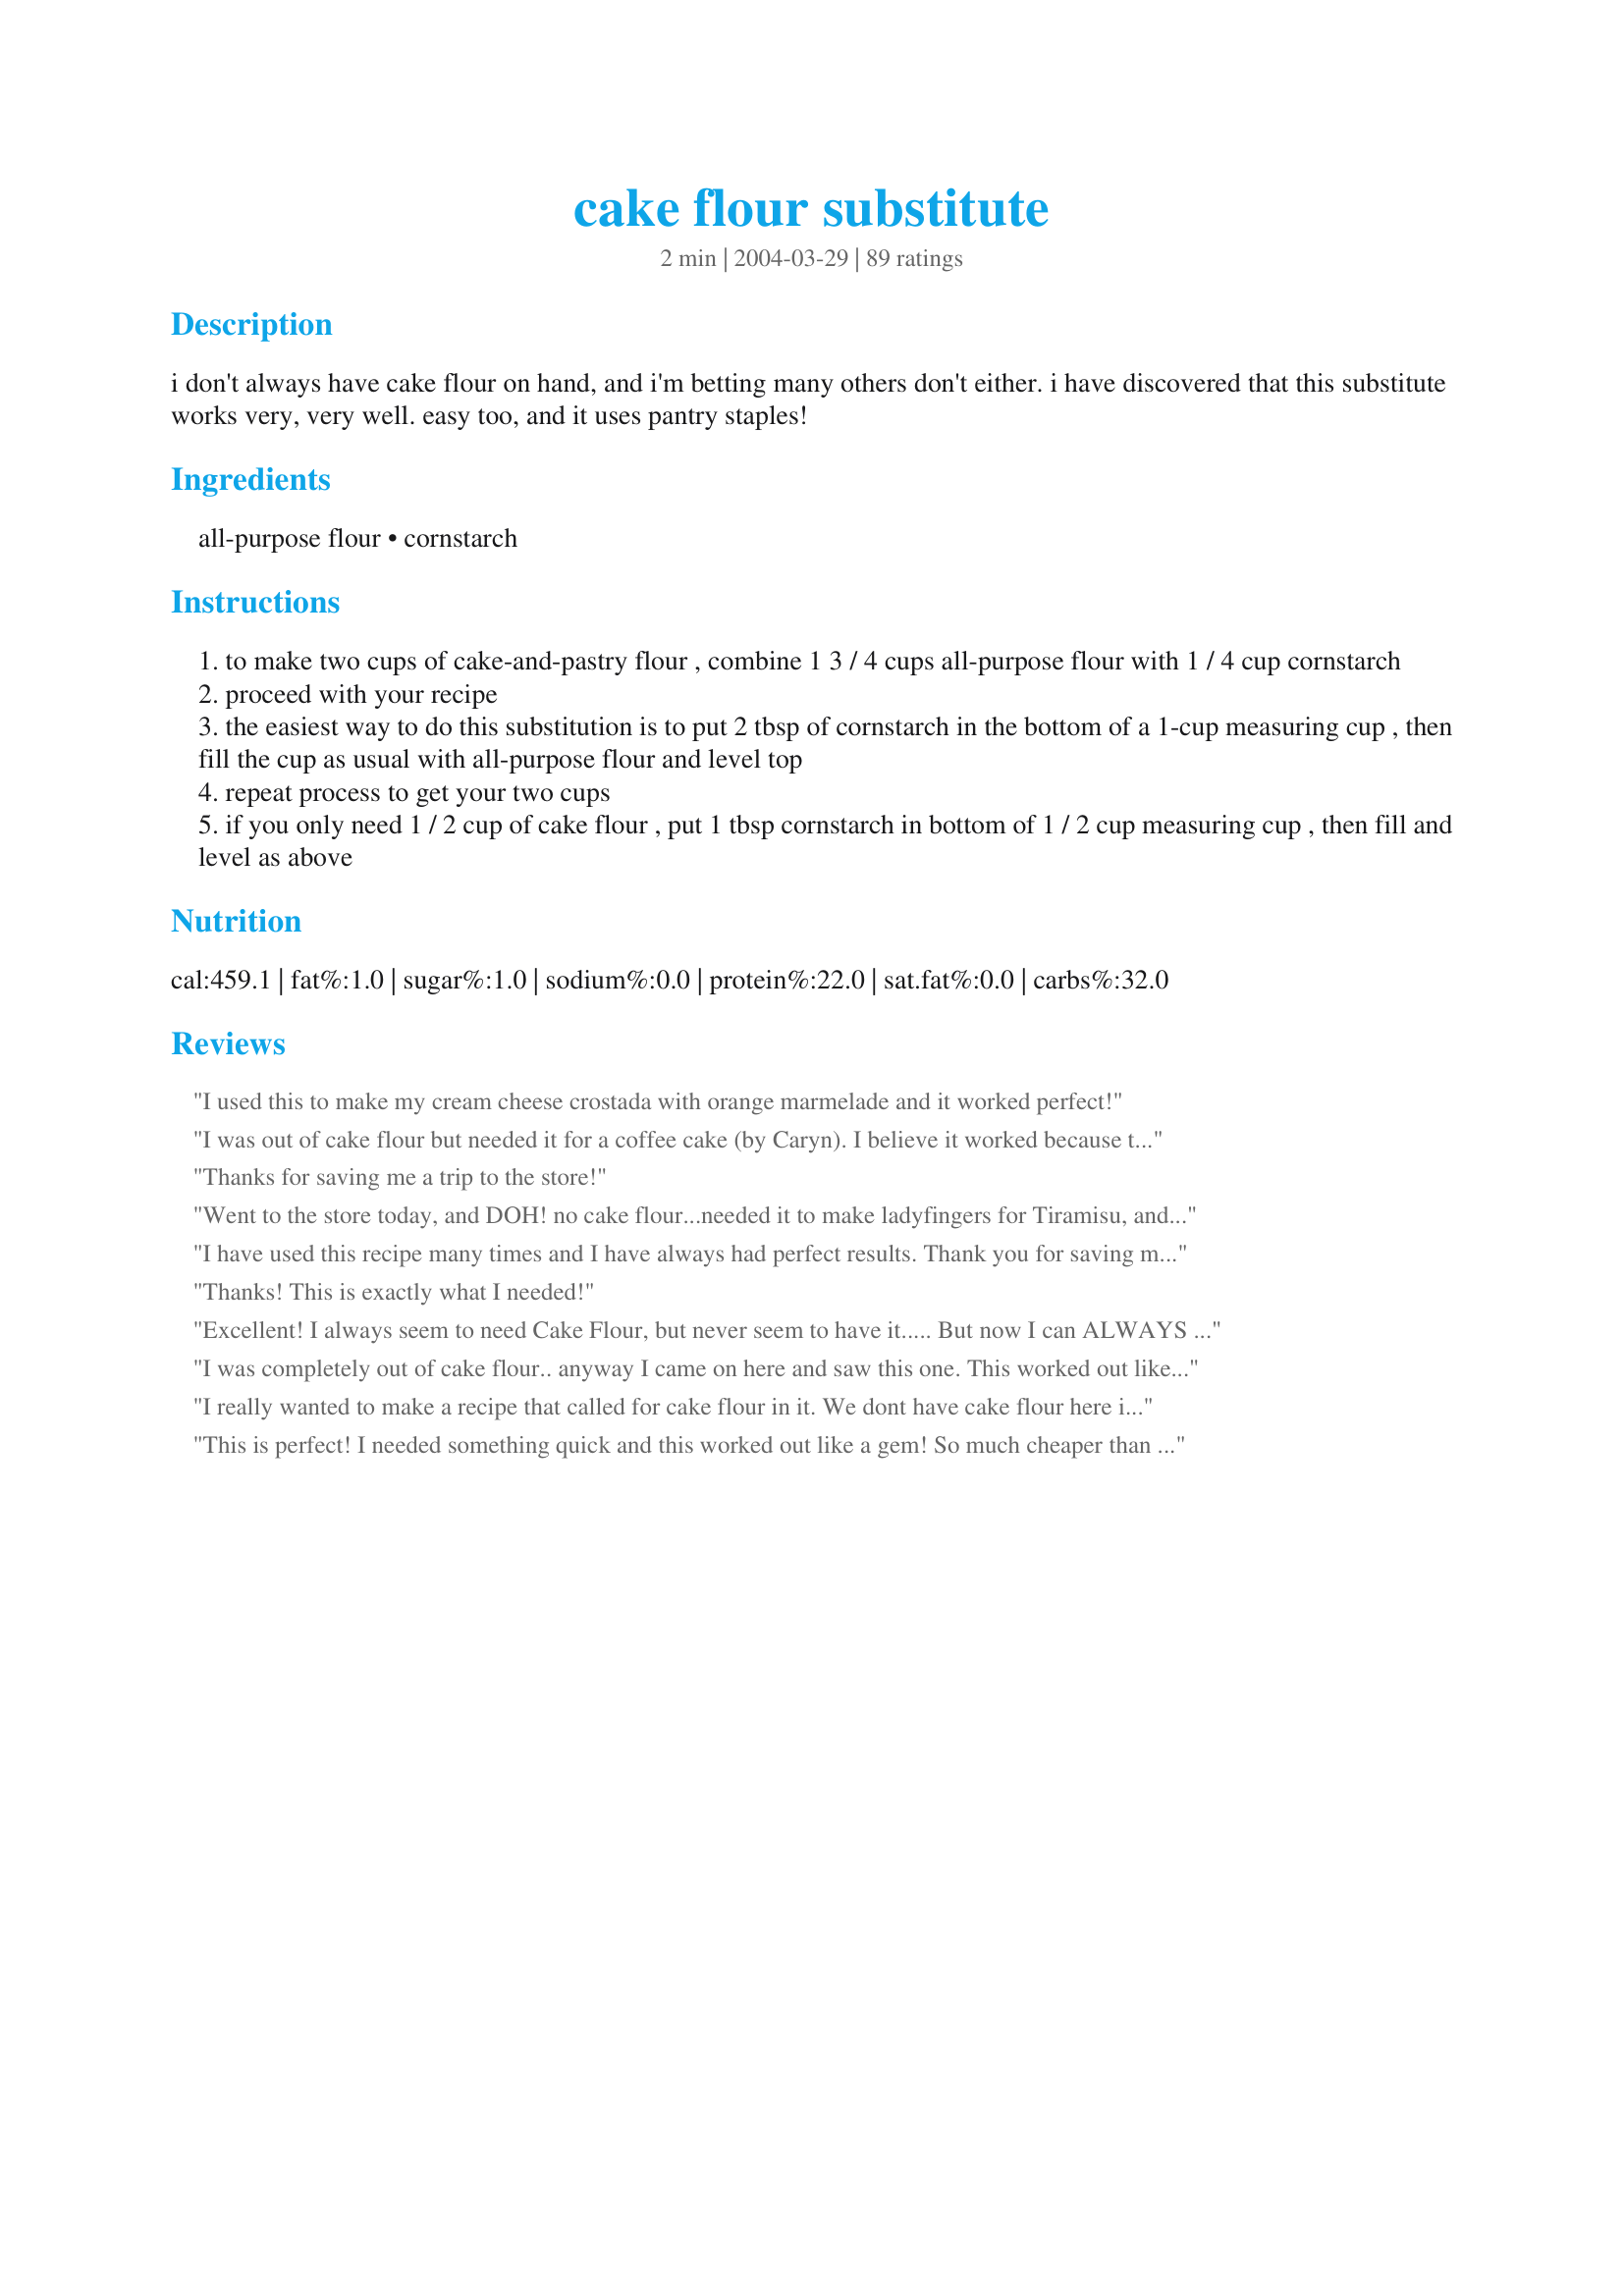
cake flour substitute
Preparation time: 2 minutes

i don't always have cake flour on hand, and i'm betting many others don't either. i have discovered that this substitute works very, very well. easy too, and it uses pantry staples!

Ingredients:
all-purpose flour, cornstarch

Steps:
to make two cups of cake-and-pastry flour , combine 1 3 / 4 cups all-purpose flour with 1 / 4 cup cornstarch
proceed with your recipe
the easiest way to do this substitution is to put 2 tbsp of cornstarch in the bottom of a 1-cup measuring cup , then fill the cup as usual with all-purpose flour and level top
repeat process to get your two cups
if you only need 1 / 2 cup of cake flour , put 1 tbsp cornstarch in bottom of 1 / 2 cup measuring cup , then fill and level as above

Reviews:
I used this to make my cream cheese crostada with orange marmelade and it worked perfect!
I was out of cake flour but needed it for a coffee cake (by Caryn). I believe it worked because the cake turned out excellent, with a finer crumb than when made with all-purpose flour. Thanks Lennie!

Roxygirl
Thanks for saving me a trip to the store!
Went to the store today, and DOH! no cake flour...needed it to make ladyfingers for Tiramisu, and sponge cake for strawberry shortcake. 

Thank goodness for Recipezaar and you!
I have used this recipe many times and I have always had perfect results. Thank you for saving me money buying a flour I don't use often.
Thanks! This is exactly what I needed!
Excellent! I always seem to need Cake Flour, but never seem to have it..... But now I can ALWAYS have it on hand!!
I was completely out of cake flour.. anyway I came on here and saw this one. This worked out like a charm for my Italian strawberry wedding cake recipe! Thanks so much!
I really wanted to make a recipe that called for cake flour in it. We dont have cake flour here in Oz. You rescued me with this one, many thanks. PS. The cake turned out beautifully. ;-)thanks to you.
This is perfect! I needed something quick and this worked out like a gem! So much cheaper than buying yet one more type of flour!
perfect! so easy!
This really makes a lovely difference when I use it. Thankyou!
This is a great workable cake flour substitute - but try this much easier method of measuring.
Measure out 2 cups of flour into your mixing bowl, then remove 1/4 cup and replace with 1/4 cup of cornstarch.
I'll never buy cake flour again. I used this in a sponge cake recipe and it worked perfectly.
Thanks Lennie for posting. Since I never have cake flour on the shelf, this recipe was very helpful for when I made "Whipping Cream Cake" #4141.
I love you. You are my hero and you just made my wildest baking dreams come true.
OH YOU SAVED ME TODAY!! I was in the middle of a recipe and 3/4 cup short on cake flour. With no time to go to the store, I tried this recipe....my cake came out great, no diffrence at all. Thank you for posting this. I won't be buying expensive cake flour any more :)
I agree with Kasha I wil never buy cake flour again. I made my apple upside-down cake(#85871) and it was just as good as with with the store bought cake flour.
As everyone else has said this makes fine cake flour. I put 1 3/4 cup of AP flour into the bowl, added 1/4 cup of core starch and proceeded to make Recipe #460477. Two thumbs up.
This did not work with angel food cake. :(
This worked great for me. I made gingersnap biscotti. Thanks!!
Thanks so much- this saved my life :) I wanted to make some scones and like always- I like to dig in to a new recipe before reading what I need....I needed cake flour and have none- like most not something that I keep on hand. This is very easy and worked well. Thanks again
Thank you for posting this very helpful recipe. I NEVER buy cake flour, but yesterday I wanted to try a recipe that called for it, and here was your recipe coming to the rescue :) Thanks to you my cake turned out great !
Thank you sooo much I have been running around all day trying to find cake flour. I thought I was going to have to scrap this recipe. And the link to change the serving size is brilliant. I am bookmarking this for future use....
Thank you. this was a life-saver!
I'll never need purchased "cake flour" again. What a great recipe. Thanks!
Worked out perfectly. Thanks!
Awesome, used this to make a pound cake. Cake was perfect.
The best flour for making wheat free cakes is Rice Flour just add three teaspoons of baking powder and use for any cake recipe. Makes very light melt in mouth sponge.
I do a lot of baking, but AP flour or self-rising is mostly what I use. It's enough to make sure I have those on hand all the time and they're fresh without having to pay for (what I consider to be) pricier cake flour, too. This simple recipe is invaluable when we run across those few recipes that specifically call for cake flour. I hate buying the whole box of cake flour only to use 1 1/2 cups while the rest sits around waiting for another recipe that calls for cake flour. By that time, I always question whether the cake flour is still "fresh". This way, it's a no-brainer, my AP flour and cornstarch are high turn-around and always fresh in my pantry. Thanks for posting this.
Thanks a million!!! You really saved my life...Mille Grazie!!!
Thank you so much for the recipe. I am glad that I don't have to pay $3.59 for a 2-lb box of cake flour.
Thanks for posting this Lennie. I was going to make angel food cake and saw it called for cake flour and I didn't have any. With this recipe that's no problem anymore.
Thank you for putting this GREAT helpful tip. I rarely have cake flour on hand and was searching for a substitute....thank you again Lennie
You are my hero! I was searching through all different recipes, and any that I liked required cake flour... and I have none! Thank you!
This worked well for me! I made a banana bread recipe that called for cake flour and as far as I can tell it came out perfectly. Thanks for sharing this!
This worked perfectly for me ina a handful of recipes now. thanks for posting, I never have to worry about buying it to have on hand again!
Thank you for this!
Thanks for the great recipe!
Just what I was looking for! Thanks!
Thank you, Thank you so much! I was just looking thru the web for substitutes as I do not have any cake flour. The web info isn't very helpful, but you saved me! Thanks a million!
I don't like giving away my money to make others rich so this is a great recipe for a very frivolous expense. Thanks for posting.
I don't buy cake flour because I so very rarely use it...So this recipe in handy when I had a waffle recipe that called for cake flour...I really appreciated the simplicity of your directions as well...It made it very easy to calculate what I needed for the waffles...I hope to try this again soon in a cake recipe, to further see how it performs...UPDATE: I've since used this in a cake recipe and it worked nicely...Thank you for posting this recipe!
Excellent!
Thanks so much for this recipe! I was in a jam and googled cake flour substitute and this came up. I guess I should have just zaared it first! :O)
I needed self rising cake flour, so I used self rising flour instead of all purpose. It worked out great using step 2 of your directions. TY Lennie!!!
This worked great for the basic Southern Yellow Cake recipe which called for 3 cups of cake flour. So I had to modify if to 6 tablespoons. Worked beautifully! Light and fluffy!
worked great!!!!thanks
We can't buy cake flour here, and I see it used in so many recipes, so I did a search and found this recipe for making my own. As far as I could tell, it worked out just fine! I used it to make Peachtree Street Gingerbread Cake ( Recipe #459977 ). Thanks for posting this!
I have enough different types of flour in my house that i don't need to buy another. Plus this stuff is expensive in the store... SHEESH! I don't find myself using it enough either to justify buying a whole box of it. Thanks for sharing this recipe, Lennie! its been a big help to me!! :)
Thank you for posting this recipe! I rarely have cake flour on hand.
the tip was awesome !!! my cake was beautiful
This was a great recipe which I used for a recipe that called for cake flour, which I don't keep on hand (not enough room in the cupboards). I will be sure to keep this on hand and will try some other recipes that call for cake flour. Thanks!
Hi Lennie:

Thanks. My son decided that he wanted pound cake and it requires cake flour--which I never have. this was great. Worked like a charm. Judy in Wa
You imposter, you! A legitiment deception used with total success in my recipe for recipe #406237.
This worked ok for me. Honestly we felt we could slightly taste the cornstarch in the cake I made with it, which wasn't the best. The cake rose beautifully though! Unfortunately, the cake was also kind of dry and just not great but I can't attribute that to the cake flour necessarily since I had never made that cake recipe before either. In a pinch, I would use this recipe again to see if I had better luck since I don't have cake flour around the house on a regular basis.
I needed cake flour for this recipe (recipe#173558) and it was perfect. So easy to do. Thanks Lennie :) Made for All you can cook buffet
Thank u for posting this since i had no clue what cake flour was. Just a beginning baker but trying to get better does anyone know things to help me
Lennie, you saved me! I planned on making a pound cake for dessert that needed cake flour. This was so wonderful in a pinch. I'm sure the clerks in the grocery store did not want to wait on a grumpy, tired-looking woman with bed head. I used it in Recipe #36806 (a terrific pound cake) and it turned out wonderfully. Thanks again Lennie
Used to make a chiffon cake and it worked great! Thank you so much!
Cake flour is chemically bleached, so it's really not too good for you. I used King Arthur all-purpose white flour with this recipe and it worked like a charm! Made a beautiful white cake with a wonderful texture. Lennie, thanks for a super recipe! I will be using often in the future!
Thanks so much for posting this recipe! It worked great in my donut recipe using the Wilton Donut Pan. Yea! I didn't have to run to the store for cake flour!
Cake flour. Who keeps it on hand in the pantry, I'm not a pastry chef. But when I need it I need it right now!!! Thank you sooo much for posting this here, so I could save it to my regular cookbook, you were a lifesaver to me today!!! Thank you. Thank you. Angelcook in Texas
Lennie, 
Thank you very much!! This is just so good to know!!!
Love,
Becky
This for run for your life. In her review, she said that she had used Corn flour. The recipe called for cornstarch which is another product entirely. If you make it again, using the correct ingredients, you will understand why this recipe has many good reviews.
Very helpful.
Thank you so much. I use this recipe all the time now instead of keeping cake flour in the pantry. I've never had it fail!
Thank you! I needed just a few oz for a cookie recipe and this substitute fit the bill perfectly.
Never used cake flour before. We just get what we call American flour ;) that is all purpose. Used this with a carrot cake and it turned out awesome! Thanks a million. :) Fay
Thanks so much for posting this recipe Lennie, it works wonderfully!!
Thank you so much for posting this recipe and for including that last bit of instructions at 3! Very baker friendly! It's a keeper!
Thank you.<br/>I used it for sponge cake recipe. Came out great. <br/>I followed the advice of others and used lemon juice.
This was a lifesaver! You're right, I never have cake flour in the house and I only needed 3/4 cup. Thanks for posting this recipe. Nick's Mom
Thanks Lennie, I'm using it this morning as I don't have any cake flour for a recipe I'm making.
Lennie, you are a genius!! Thanks especially for the explicit directions in steps 2 and 3; it makes it so easy to make the amount you need. Thank you again!
I currently have 1 recipe that uses cake flour, and I am a tightwad, so paying $3.00 for 2 pounds of flour rubs me the wrong way. I am going to make a big batch of this for a fraction of the cost, so I can try a whole bunch of other cake flour recipes. Thanks!
Save my life! Thanks loads.
Worked very well :)
I couldn't find cake flour at the store, but I really needed it to make the husband cannoli for Valentine's Day. Thanks for saving me! This worked perfectly.
I've never used a recipe before that called for cake flour so I was very thankful for this substitution when I decided to make a batch of brownies with cake flour as an ingredient. I don't have anything to compare this recipe to consequently but I think it did the trick just fine. I won't ever buy cake flour now that I know this substitution is here and it is an item I rarely use.
Excellent substitute! Just stir, no sifting!
This worked really great for my sponge cake.
Hi Lennie...I needed some cake flour for a recipe today, and this works well for me, a great substitute for the store-bought kind. Thanks for posting...KC
This worked great for me. Thanks for sharing.
Used in recipe #406237 with good results. Thanks for sharing the recipe!
This saved my butt totally. Thanks for the help.
I made a angel food cake today and did'nt have any cake flour so I used this and it worked great thanks so much for posting
Great substitute for the cake flour. I used it in Recipe #39404, to be served with Recipe #24672.
This worked great in the "Why I joined RecipeZaar Carrot Cake" recipe. Thanks so much!!
